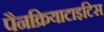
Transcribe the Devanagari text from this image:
पैनक्रियाटाइटिस